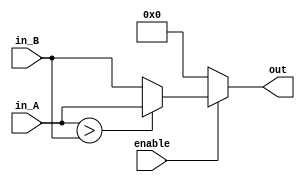
module comp(
input  signed [19:0] in_A,
input  signed [19:0] in_B,
input  enable,
output signed [19:0] out
	);
assign out = enable ? in_A > in_B ? in_A : in_B : $signed(20'd0);
endmodule